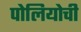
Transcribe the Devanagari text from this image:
पोलियोची